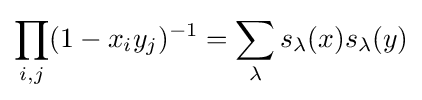
\prod _{i,j}(1-x_{i}y_{j})^{-1}=\sum _{\lambda }s_{\lambda }(x)s_{\lambda }(y)